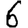
Digit: 6